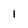
Character: 1